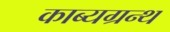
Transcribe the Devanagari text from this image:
काब्यग्रन्थ